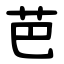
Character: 芭